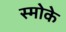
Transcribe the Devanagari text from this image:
स्मोके